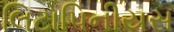
લિટોપિનીયસ